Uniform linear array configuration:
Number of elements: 8
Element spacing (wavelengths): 0.75
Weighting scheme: blackman
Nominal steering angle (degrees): -45
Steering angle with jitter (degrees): -45.702
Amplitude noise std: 0.05
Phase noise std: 0.05

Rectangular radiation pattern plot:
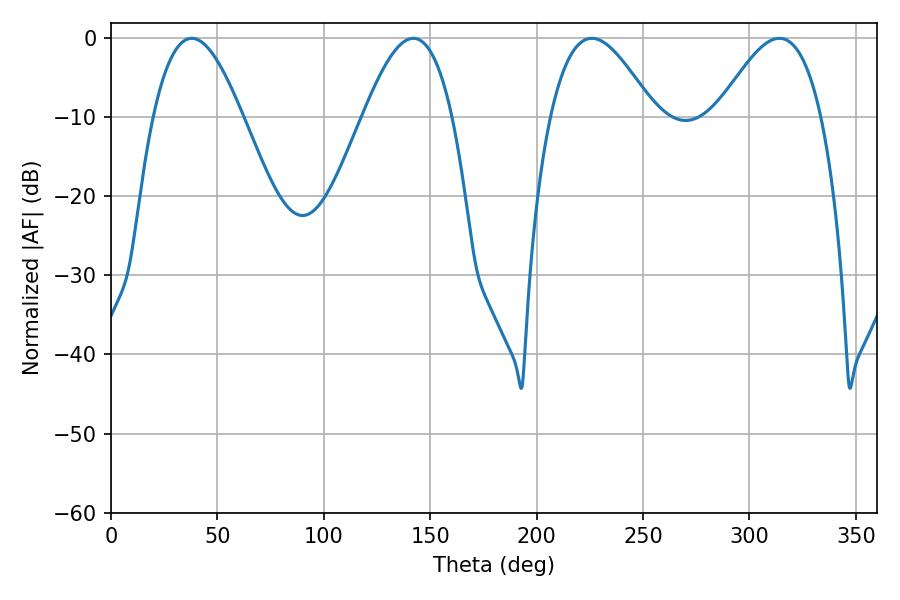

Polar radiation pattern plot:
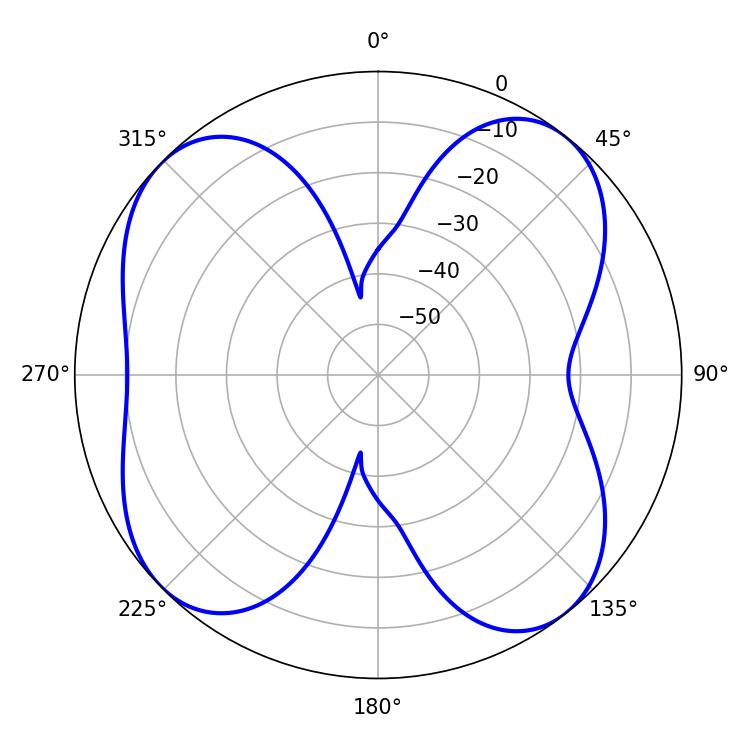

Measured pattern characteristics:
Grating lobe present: TRUE
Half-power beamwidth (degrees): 26.46
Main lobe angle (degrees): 225.9